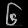
Digit: ၆